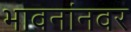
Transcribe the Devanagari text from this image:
भावनांनवर